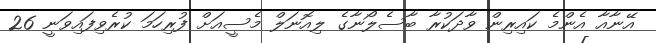
އޭނާއާ އެންމެ ކައިރިން ވާދަކުރާ ބާސެލޯނާގެ ލިއޮނަލް މެސީއަށް ފުރިހަމަ ކުރެވިފައިވަނީ 26